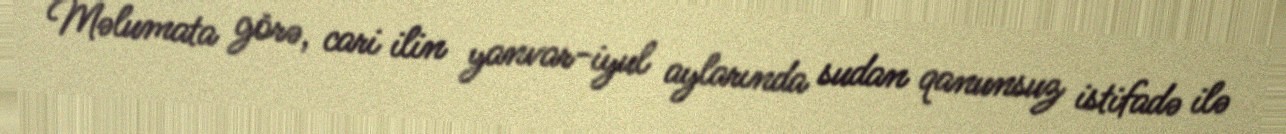
Məlumata görə, cari ilin yanvar-iyul aylarında sudan qanunsuz istifadə ilə